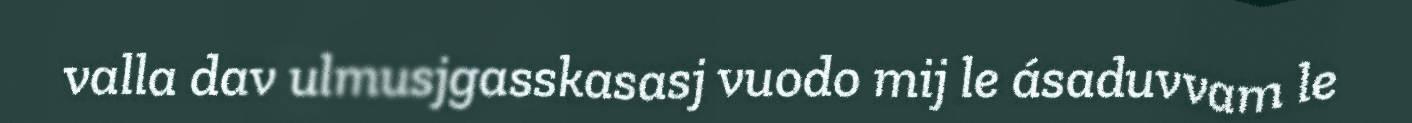
valla dav ulmusjgasskasasj vuodo mij le ásaduvvam le